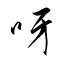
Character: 呀